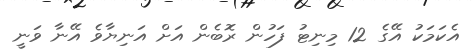
އެކަމަކު އޭގެ 12 މިނިޓު ފަހުން ރޮބެން އަށް އަނިޔާވެ އޭނާ ވަނީ